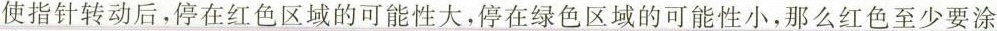
使指针转动后，停在红色区域的可能性大，停在绿色区域的可能性小，那么红色至少要涂